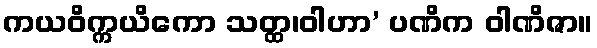
ကယဝိက္ကယိကော သတ္ထ၊ဝါဟာ’ ပဏိက ဝါဏိဇာ။